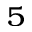
^ { 5 }